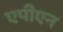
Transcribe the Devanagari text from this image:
एपीएन